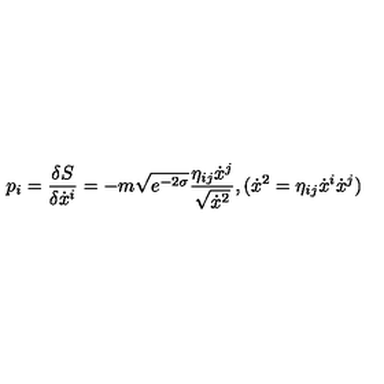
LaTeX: p _ { i } = \frac { \delta S } { \delta \dot { x } ^ { i } } = - m \sqrt { e ^ { - 2 \sigma } } \frac { \eta _ { i j } \dot { x } ^ { j } } { \sqrt { \dot { x } ^ { 2 } } } , ( \dot { x } ^ { 2 } = \eta _ { i j } \dot { x } ^ { i } \dot { x } ^ { j } )